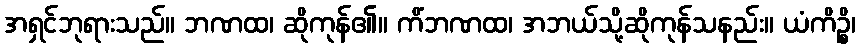
အရှင်ဘုရားသည်။ ဘဏထ၊ ဆိုကုန်၏။ ကိံဘဏထ၊ အဘယ်သို့ဆိုကုန်သနည်း။ ယံကိဉ္စိ၊